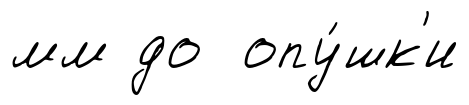
мм до опу́шк'и